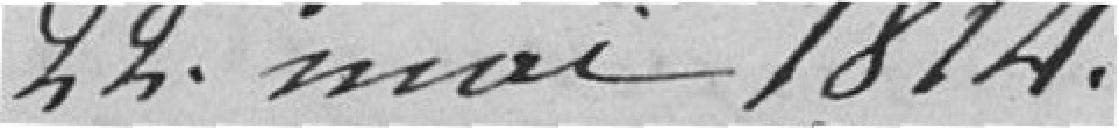
22 mai 1814.